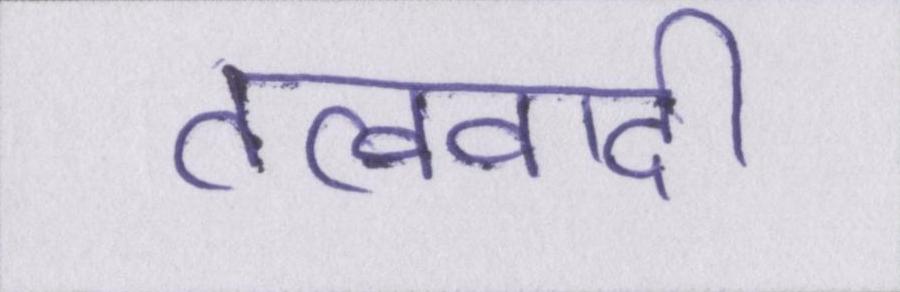
तत्ववादी